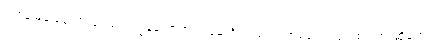
တစ်ခါမှမပြဖူးဘူးခင်ဗျာ၊ ကျွန်တော်က အမေ့ကို အသက်အာမခံလဲ လုပ်ထားတာဆိုတော့